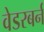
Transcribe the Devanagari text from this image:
वेडरबर्न